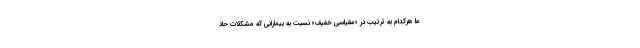
ما هرکدام به ترتیب در «مقیاسی خفیف» نسبت به بیمارانی که مشکلات حاد